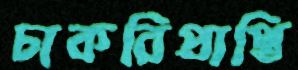
চাকরিপ্রাপ্তি